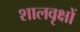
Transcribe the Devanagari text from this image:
शालवृक्षों